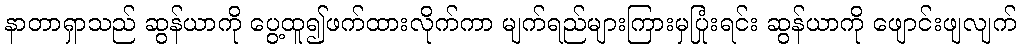
နာတာရှာသည် ဆွန်ယာကို ပွေ့ထူ၍ဖက်ထားလိုက်ကာ မျက်ရည်များကြားမှပြုံးရင်း ဆွန်ယာကို ဖျောင်းဖျလျက်